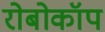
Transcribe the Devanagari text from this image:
रोबोकॉप